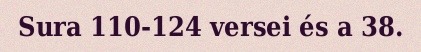
Sura 110-124 versei és a 38.